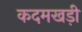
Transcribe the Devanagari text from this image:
कदमखड़ी